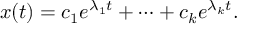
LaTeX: x ( t ) = c _ { 1 } e ^ { \lambda _ { 1 } t } + \cdots + c _ { k } e ^ { \lambda _ { k } t } .